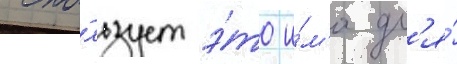
испо́льзует э́то и́м'я дл'я́